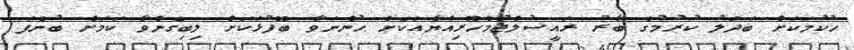
ހުކުމަކަށް ބަދަލު ކުރުމުގެ ބާރު ރައީސުލްޖުމްހޫރިއްޔާއަކަށް ހުންނަވާ ބޭފުޅަކަށް ލިބިގެންވާ ކަމަށް ބުނެފަ